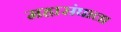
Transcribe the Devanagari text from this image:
महासंघाला